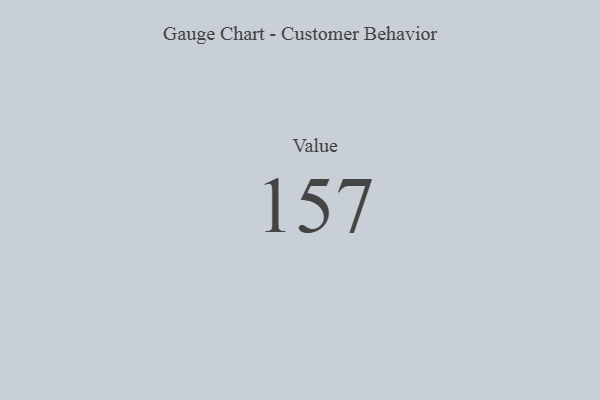
{"axis": {"x": "Metric", "y": "Value"}, "legend": [""], "data": [{"x": "Value", "y": 157, "type": ""}]}